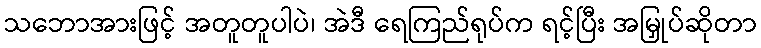
သဘောအားဖြင့် အတူတူပါပဲ၊ အဲဒီ ရေကြည်ရုပ်က ရင့်ပြီး အမြှုပ်ဆိုတာ